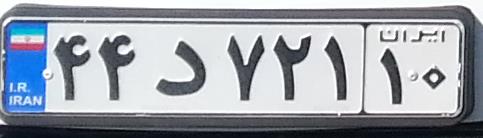
۴۴د۷۲۱۱۰